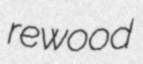
rewood